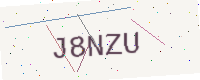
Text: J8NZU